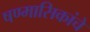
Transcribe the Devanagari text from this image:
षण्मासिकांचे